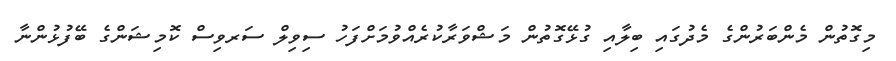
މިގޮތުން މެންބަރުންގެ މެދުގައި ބިލާއި ގުޅޭގޮތުން މަޝްވަރާކުރެއްވުމަށްފަހު ސިވިލް ސަރވިސް ކޮމިޝަންގެ ބޭފުޅުންނާ